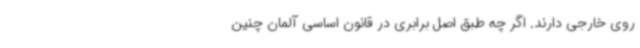
روی خارجی دارند. اگر چه طبق اصل برابری در قانون اساسی آلمان چنین